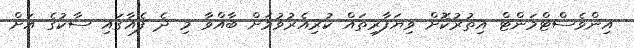
އިންވެސްޓްމަންޓް އިތުރުކޮށް ވިޔަފާރިތައް ކުރިއެރުވުމަށް ބާއްވާ މި ދެ ފެއާގައި ސާކުގެ އަށް